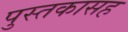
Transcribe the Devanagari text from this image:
पुस्तकासह